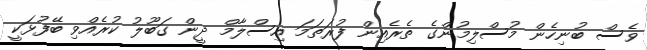
ވެސް ބުނިހެން މުސްލިމުންގެ ތެރެއިން ފުރަތަމަ އިސްލާމް ދީން ގަބޫލު ކުރެއްވި ބޭފުޅަކީ